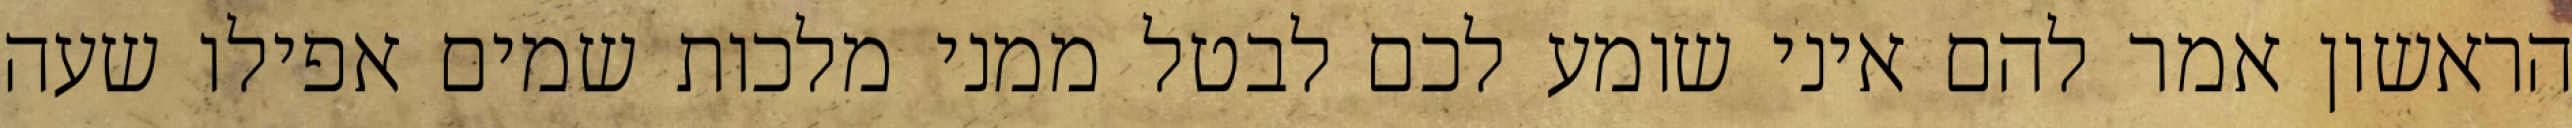
הראשון אמר להם איני שומע לכם לבטל ממני מלכות שמים אפילו שעה